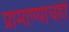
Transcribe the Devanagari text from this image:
प्रामाण्याचेही